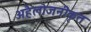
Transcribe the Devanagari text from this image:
अहैलोजनीकृत